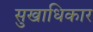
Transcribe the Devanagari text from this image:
सुखाधिकार